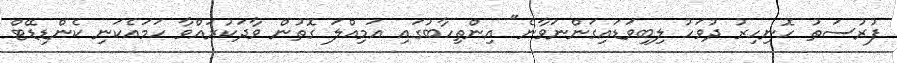
ފުރުސަތު ހޮނިހިރު ދުވަހު ލިބިވަޑައިގަންނަވާނެ" އިންތިހާބުގައި އަމިއްލަ ގޮތުން ވާދަކުރައްވާ ހަމައެކަނި ކެންޑިޑޭޓް